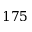
1 7 5